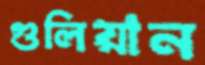
গুলিয়ান